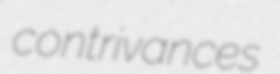
contrivances